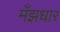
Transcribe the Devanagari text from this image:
मँझधार